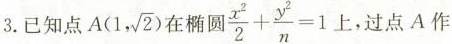
3. 已知点AA(1, \sqrt{2})椭圆 $$\frac{x^{2}}{2}+ \frac{y^{2}}{n}=1$$ 上，过点A作